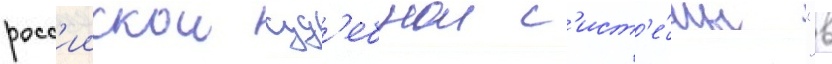
росс'иискои суд'ебнои с'ист'е́мы "в